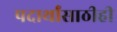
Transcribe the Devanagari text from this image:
पदार्थांसाठीही